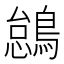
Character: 𫛋